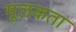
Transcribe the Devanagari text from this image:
मूलकता